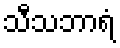
သီသဘာရံ